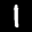
Label: 1